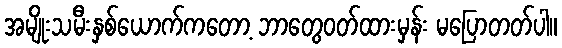
အမျိုးသမီးနှစ်ယောက်ကတော့ ဘာတွေဝတ်ထားမှန်း မပြောတတ်ပါ။